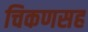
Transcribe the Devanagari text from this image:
चिकणसह